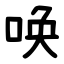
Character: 唤